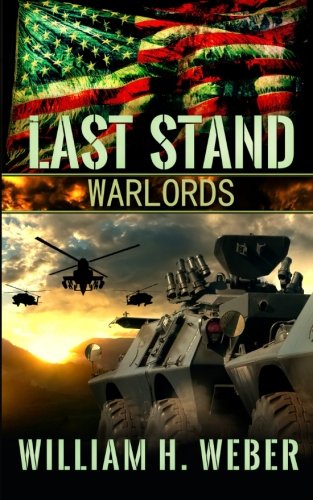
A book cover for Last Stand: Warlords; William H. Weber; Science Fiction & Fantasy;